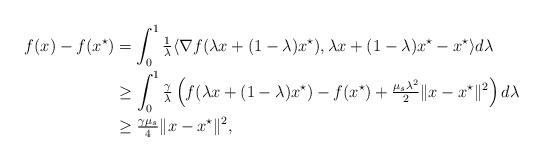
LaTeX: \begin{align*}f(x)-f(x^\star)&=\int_0^1 \tfrac{1}{\lambda}\langle \nabla f(\lambda x+(1-\lambda)x^\star), \lambda x+(1-\lambda)x^\star-x^\star\rangle d\lambda\\&\geq \int_0^1 \tfrac{\gamma}{\lambda}\left( f(\lambda x+(1-\lambda)x^\star)-f(x^\star)+\tfrac{\mu_s\lambda^2}{2} \|x-x^\star\|^2\right)d\lambda\\& \geq \tfrac{\gamma\mu_s}{4}\|x-x^\star\|^2,\end{align*}